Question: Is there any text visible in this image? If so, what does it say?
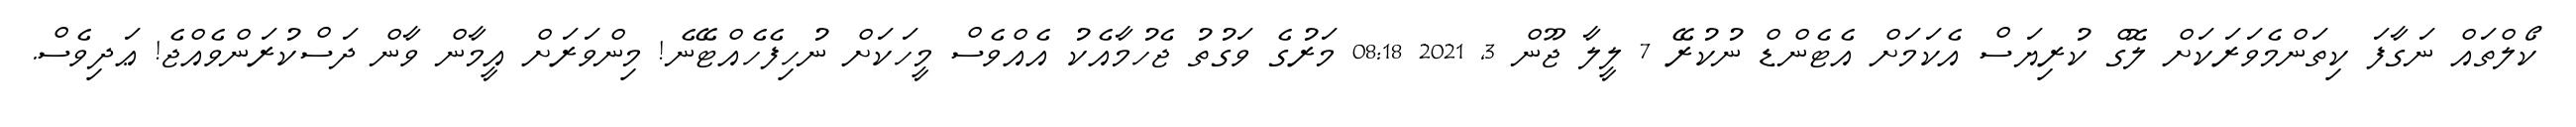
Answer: ކޯލްތައް ނަގާފަ ކިތަންމެވަރަކަށް ލޮގް ކުރިޔަސް އެކަމަށް އެޓެންޑް ނުކުރޭ 7 ލީލާ ޖޫން 3, 2021 08:18 މަރުގެ ވަގުތު ޖެހުމާއެކު އެއްވެސް މީހަކަށް ނުހިފެހެއްޓޭނެ! މިންވަރަށް އީމާން ވާން ދަސްކުރަންވެއްޖެ! ޢަދިވެސް.